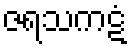
ဇရသကဋံ